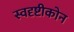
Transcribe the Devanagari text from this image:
स्वदृष्टीकोन